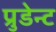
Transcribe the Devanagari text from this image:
प्रुडेन्ट